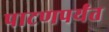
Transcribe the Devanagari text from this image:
पाटणपर्यंत